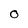
Character: O